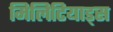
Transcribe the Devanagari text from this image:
मिलिटियाड्स